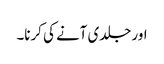
اور جلدی آنے کی کرنا۔